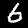
Digit: 6